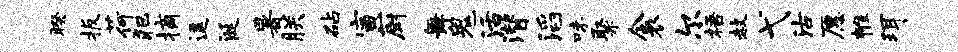
暌扳荷犯摘逗涎暑朕砧寅厨舞鬼活潜滔味聚衾尔梧赦弋沽愿帷珥